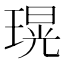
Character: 𤨆